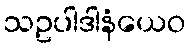
သဥပါဒါနံယေဝ